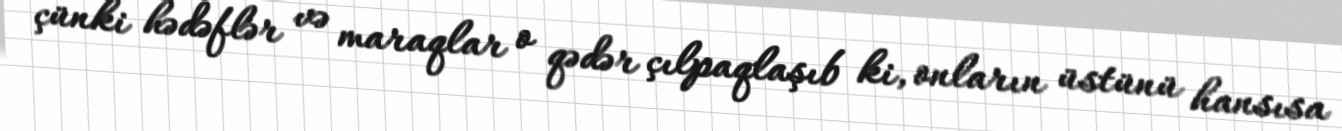
çünki hədəflər və maraqlar o qədər çılpaqlaşıb ki, onların üstünü hansısa